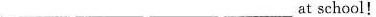
___ at school！